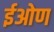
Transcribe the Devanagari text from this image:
ईओण